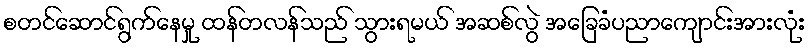
စတင်ဆောင်ရွက်နေမှု ထန်တလန်သည် သွားရမယ် အဆစ်လွဲ အခြေခံပညာကျောင်းအားလုံး